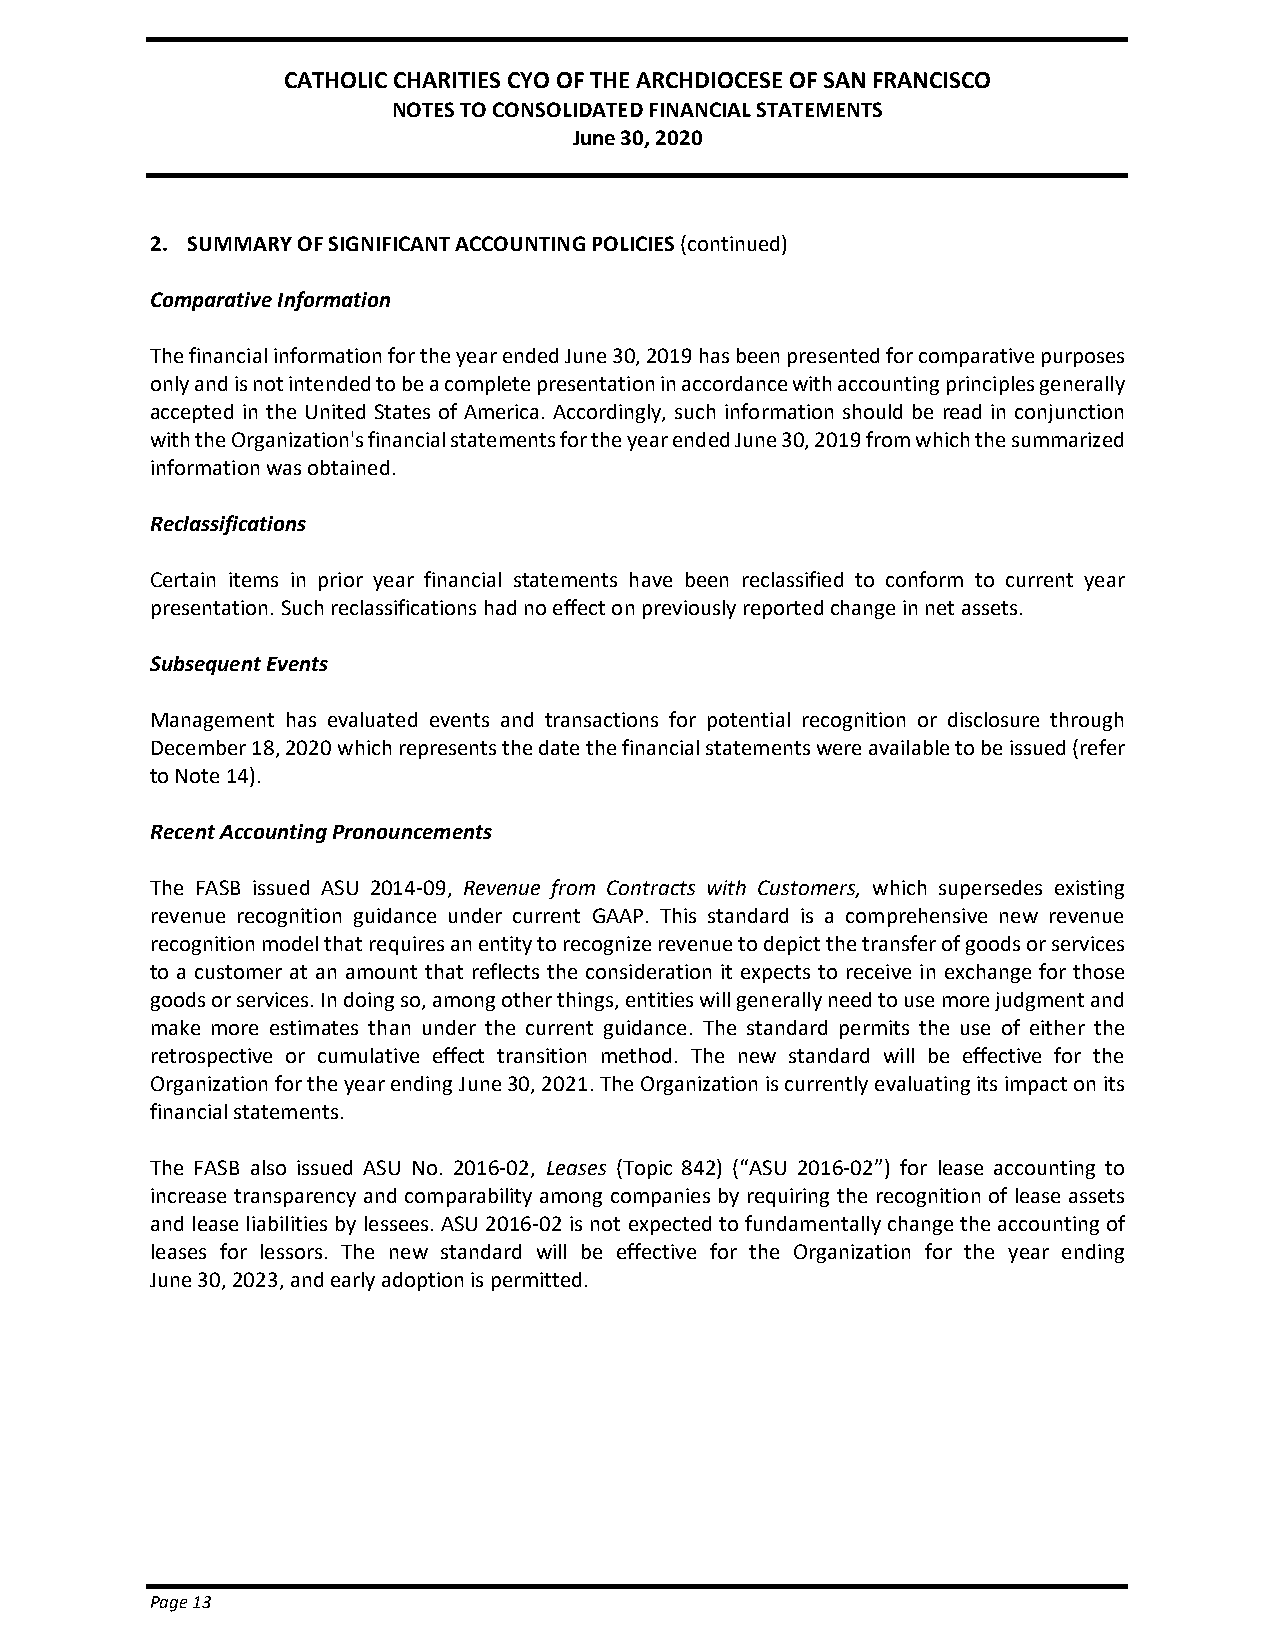
CATHOLIC CHARITIES CYO OF THE ARCHDIOCESE OF SAN FRANCISCO
 NOTES TO CONSOLIDATED FINANCIAL STATEMENTS
 June 30, 2020
 2. SUMMARY OF SIGNIFICANT ACCOUNTING POLICIES (continued)
 Comparative Information
 The financial information for the year ended June 30, 2019 has been presented for comparative purposes
 only and is not intended to be a complete presentation in accordance with accounting principles generally
 accepted in the United States of America. Accordingly, such information should be read in conjunction
 with the Organization's financial statements for the year ended June 30, 2019 from which the summarized
 information was obtained.
 Reclassifications
 Certain items in prior year financial statements have been reclassified to conform to current year
 presentation. Such reclassifications had no effect on previously reported change in net assets.
 Subsequent Events
 Management has evaluated events and transactions for potential recognition or disclosure through
 December 18, 2020 which represents the date the financial statements were available to be issued (refer
 to Note 14).
 Recent Accounting Pronouncements
 The FASB issued ASU 2014-09, Revenue from Contracts with Customers, which supersedes existing
 revenue recognition guidance under current GAAP. This standard is a comprehensive new revenue
 recognition model that requires an entity to recognize revenue to depict the transfer of goods or services
 to a customer at an amount that reflects the consideration it expects to receive in exchange for those
 goods or services. In doing so, among other things, entities will generally need to use more judgment and
 make more estimates than under the current guidance. The standard permits the use of either the
 retrospective or cumulative effect transition method. The new standard will be effective for the
 Organization for the year ending June 30, 2021. The Organization is currently evaluating its impact on its
 financial statements.
 The FASB also issued ASU No. 2016-02, Leases (Topic 842) (“ASU 2016-02”) for lease accounting to
 increase transparency and comparability among companies by requiring the recognition of lease assets
 and lease liabilities by lessees. ASU 2016-02 is not expected to fundamentally change the accounting of
 leases for lessors. The new standard will be effective for the Organization for the year ending
 June 30, 2023, and early adoption is permitted.
 Page 13